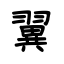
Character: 翼